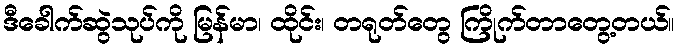
ဒီခေါက်ဆွဲသုပ်ကို မြန်မာ၊ ထိုင်း၊ တရုတ်တွေ ကြိုက်တာတွေ့တယ်။